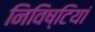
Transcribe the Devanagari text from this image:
निविष्टियां